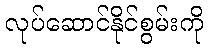
လုပ်ဆောင်နိုင်စွမ်းကို